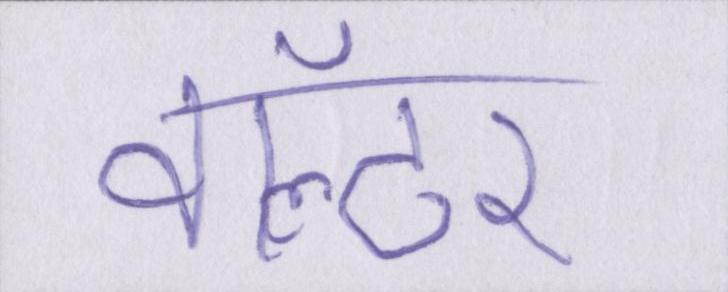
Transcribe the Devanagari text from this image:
वॉल्टर